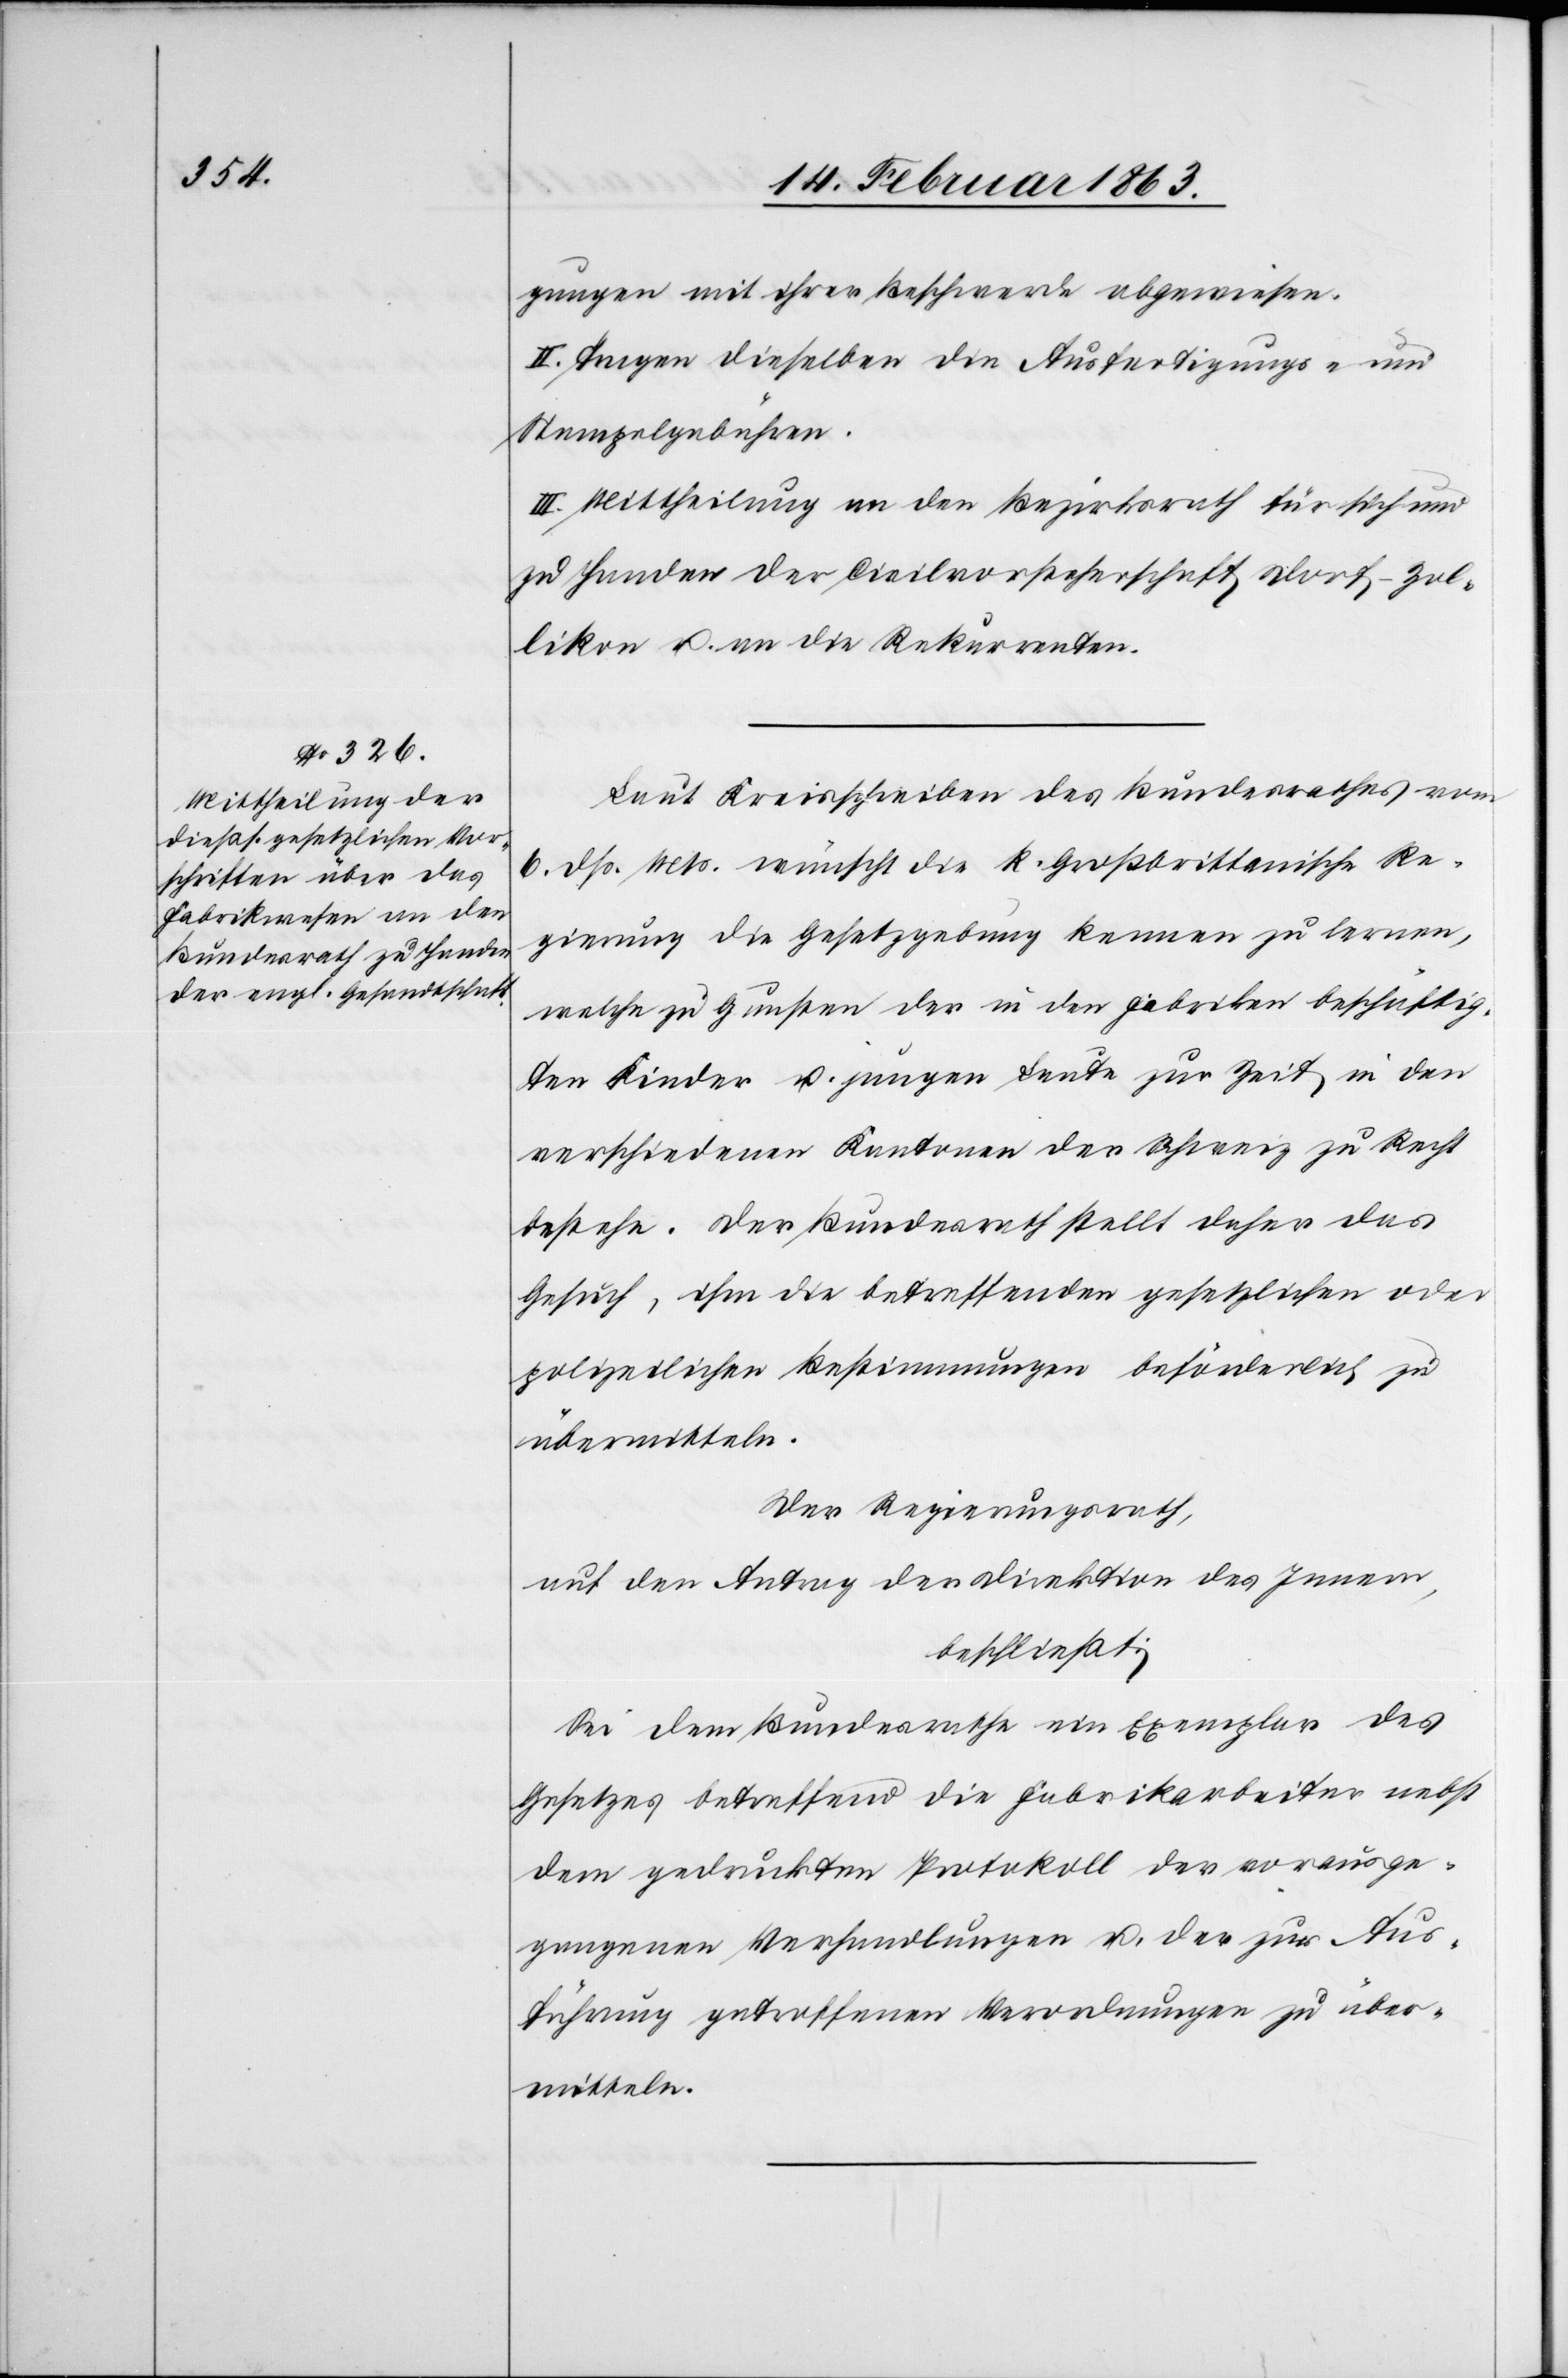
gungen mit ihrer Beschwerde abgewiesen.
II. Tragen dieselben die Ausfertigungs- und
Stempelgebühren.
III. Mittheilung an den Bezirksrath für sich und
zu Handen der Civilvorsteherschaft Dorf–Zol¬
likon u. an die Rekurrenten.
Laut Kreisschreiben des Bundesrathes vom
6. dß. Mts. wünscht die k. Großbrittanische Re¬
gierung die Gesetzgebung kennen zu lernen,
welche zu Gunsten der in den Fabriken beschäftig¬
ten Kinder u. jungen Leute zur Zeit in den
verschiedenen Kantonen der Schweiz zu Recht
bestehe. Der Bundesrath stellt daher das
Gesuch, ihm die betreffenden gesetzlichen oder
polizeilichen Bestimmungen beförderlich zu
übermitteln.
Der Regierungsrath,
auf den Antrag der Direktion des Innern,
beschließt:
Sei dem Bundesrathe ein Exemplar des
Gesetzes betreffend die Fabrikarbeiten nebst
dem gedruckten Protokoll der vorausge¬
gangenen Verhandlungen u. der zur Aus¬
führung getroffenen Verordnungen zu über¬
mitteln.